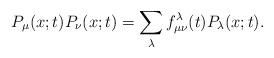
LaTeX: \begin{align*}P_{\mu}(x;t)P_{\nu}(x;t)=\sum_{\lambda}f^{\lambda}_{\mu\nu}(t)P_{\lambda}(x;t).\end{align*}